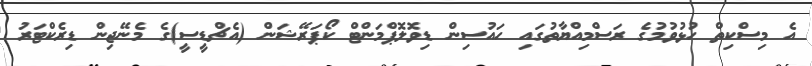
އެ މިސްކިތް ހުޅުވުމުގެ ރަސްމިއްޔާތުގައި ހައުސިން ޑިވޮލޮޕްމަންޓް ކޯޕަރޭޝަން (އެޗްޑީސީ)ގެ މެނޭޖިން ޑިރެކްޓަރު